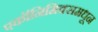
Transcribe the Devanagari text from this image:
एकॉनिमिक्समधून